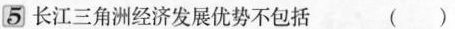
5 长江三角洲经济发展优势不包括 （）